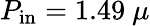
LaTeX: P_{\textrm{in}}=1.49\ \mu